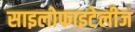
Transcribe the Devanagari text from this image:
साइलोफाइटेलीज